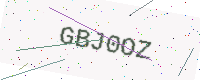
Text: GBJ0OZ